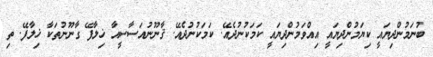
ބުނަމުންދިޔައީ ކިޔަމުންދިޔައީ އިއްވަމުންދިޔައީ ކަމަކުނުދެއޭ. ކަމަކުނުދެއޭ. ޤާނޫނުއަސާސީއާ ޚިލާފޭ ގާނޫނުތަކާ ޚިލާފޭ. ތި